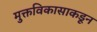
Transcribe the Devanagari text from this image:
मुक्तविकासाकडून